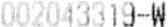
002043319-W